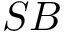
S B